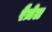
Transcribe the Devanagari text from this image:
रैज़ेल